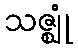
သဇ္ဈုံ